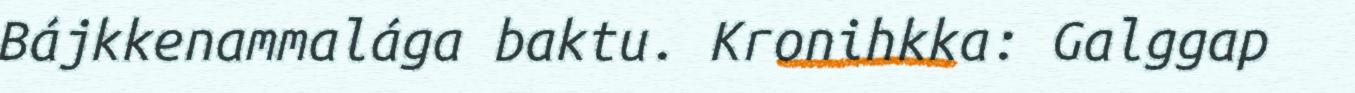
Bájkkenammalága baktu. Kronihkka: Galggap